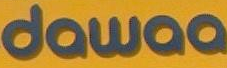
dawaa